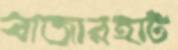
বাজারহাট